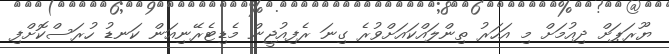
ޔޫރަޕަށް ދިއުމަށް މި އަހަރު ތިންލައްކައަށްވުރެ ގިނަ ރެފިއުޖީން މެޑިޓެރޭނިއަން ކަނޑު ހުރަސްކޮށްފި